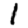
Digit: 1